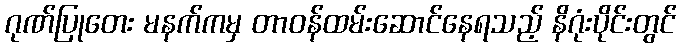
ဂုဏ်ပြုတေး မနက်ကမှ တာဝန်ထမ်းဆောင်နေရသည့် နိဂုံးပိုင်းတွင်